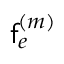
\mathsf { f } _ { e } ^ { ( m ) }